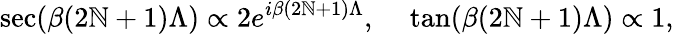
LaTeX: \sec(\beta(2\mathbb{N}+1)\Lambda)\propto2e^{i\beta(2\mathbb{N}+1)\Lambda},\ \ \ \ \tan(\beta(2\mathbb{N}+1)\Lambda)\propto1,